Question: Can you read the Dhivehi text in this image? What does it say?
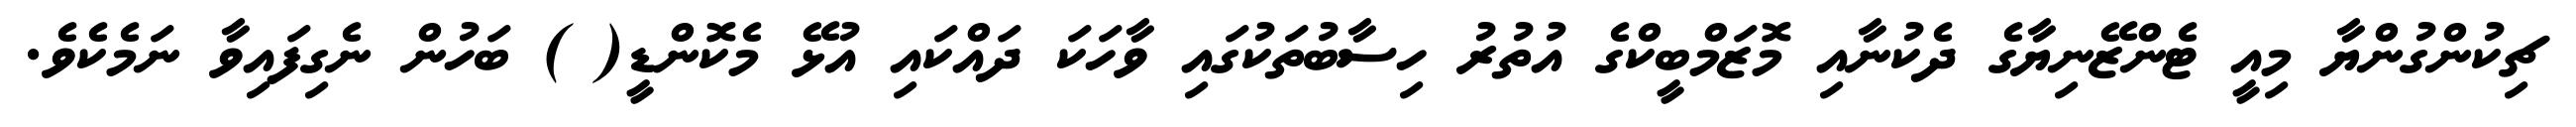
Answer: ޗިކުންގުންޔާ މިއީ ޓެންޒޭނިޔާގެ ދެކުނާއި މޮޒަމްބީކްގެ އުތުރު ހިސާބުތަކުގައި ވާހަކަ ދައްކައި އުޅޭ މެކޮންޑީ( ) ބަހުން ނެގިފައިވާ ނަމެކެވެ.